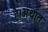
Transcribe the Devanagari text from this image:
है।अर्थात्